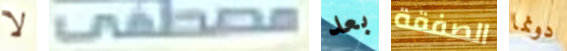
لا مصطفى بعد الصفقة دونما